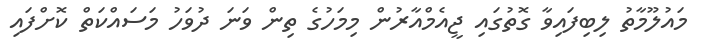
މައުލޫމާތު ލިބިފައިވާ ގޮތުގައި ޖީއެމްއާރުން މިމަހުގެ ތިން ވަނަ ދުވަހު މަސައްކަތް ކޮށްފައި